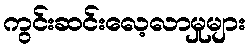
ကွင်းဆင်းလေ့လာမှုများ